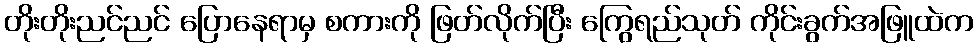
တိုးတိုးညင်ညင် ပြောနေရာမှ စကားကို ဖြတ်လိုက်ပြီး ကြွေရည်သုတ် ကိုင်းခွက်အဖြူထဲက